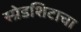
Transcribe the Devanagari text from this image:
स्प्रेडशिटाचा